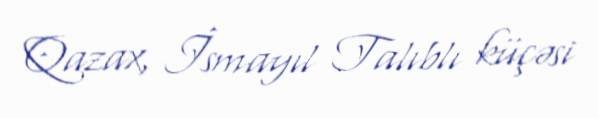
Qazax, İsmayıl Talıblı küçəsi